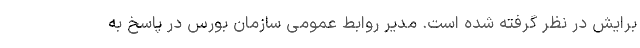
برایش در نظر گرفته شده است. مدیر روابط عمومی سازمان بورس در پاسخ به